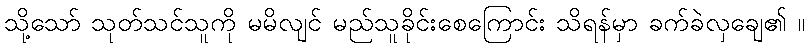
သို့သော် သုတ်သင်သူကို မမိလျင် မည်သူခိုင်းစေကြောင်း သိရန်မှာ ခက်ခဲလှချေ၏ ။